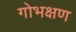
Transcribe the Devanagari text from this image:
गोभक्षण